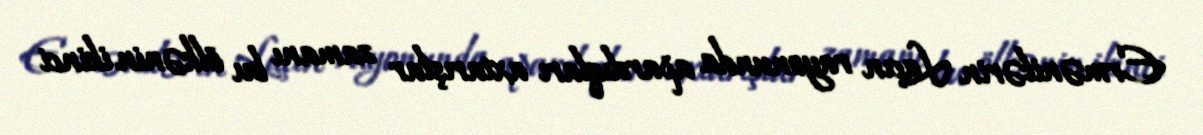
Ermənilərin Laçın rayonunda apardıqları axtarışlar zamanı bu ölkənin ikinci